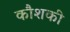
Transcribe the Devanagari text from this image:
कौशकी